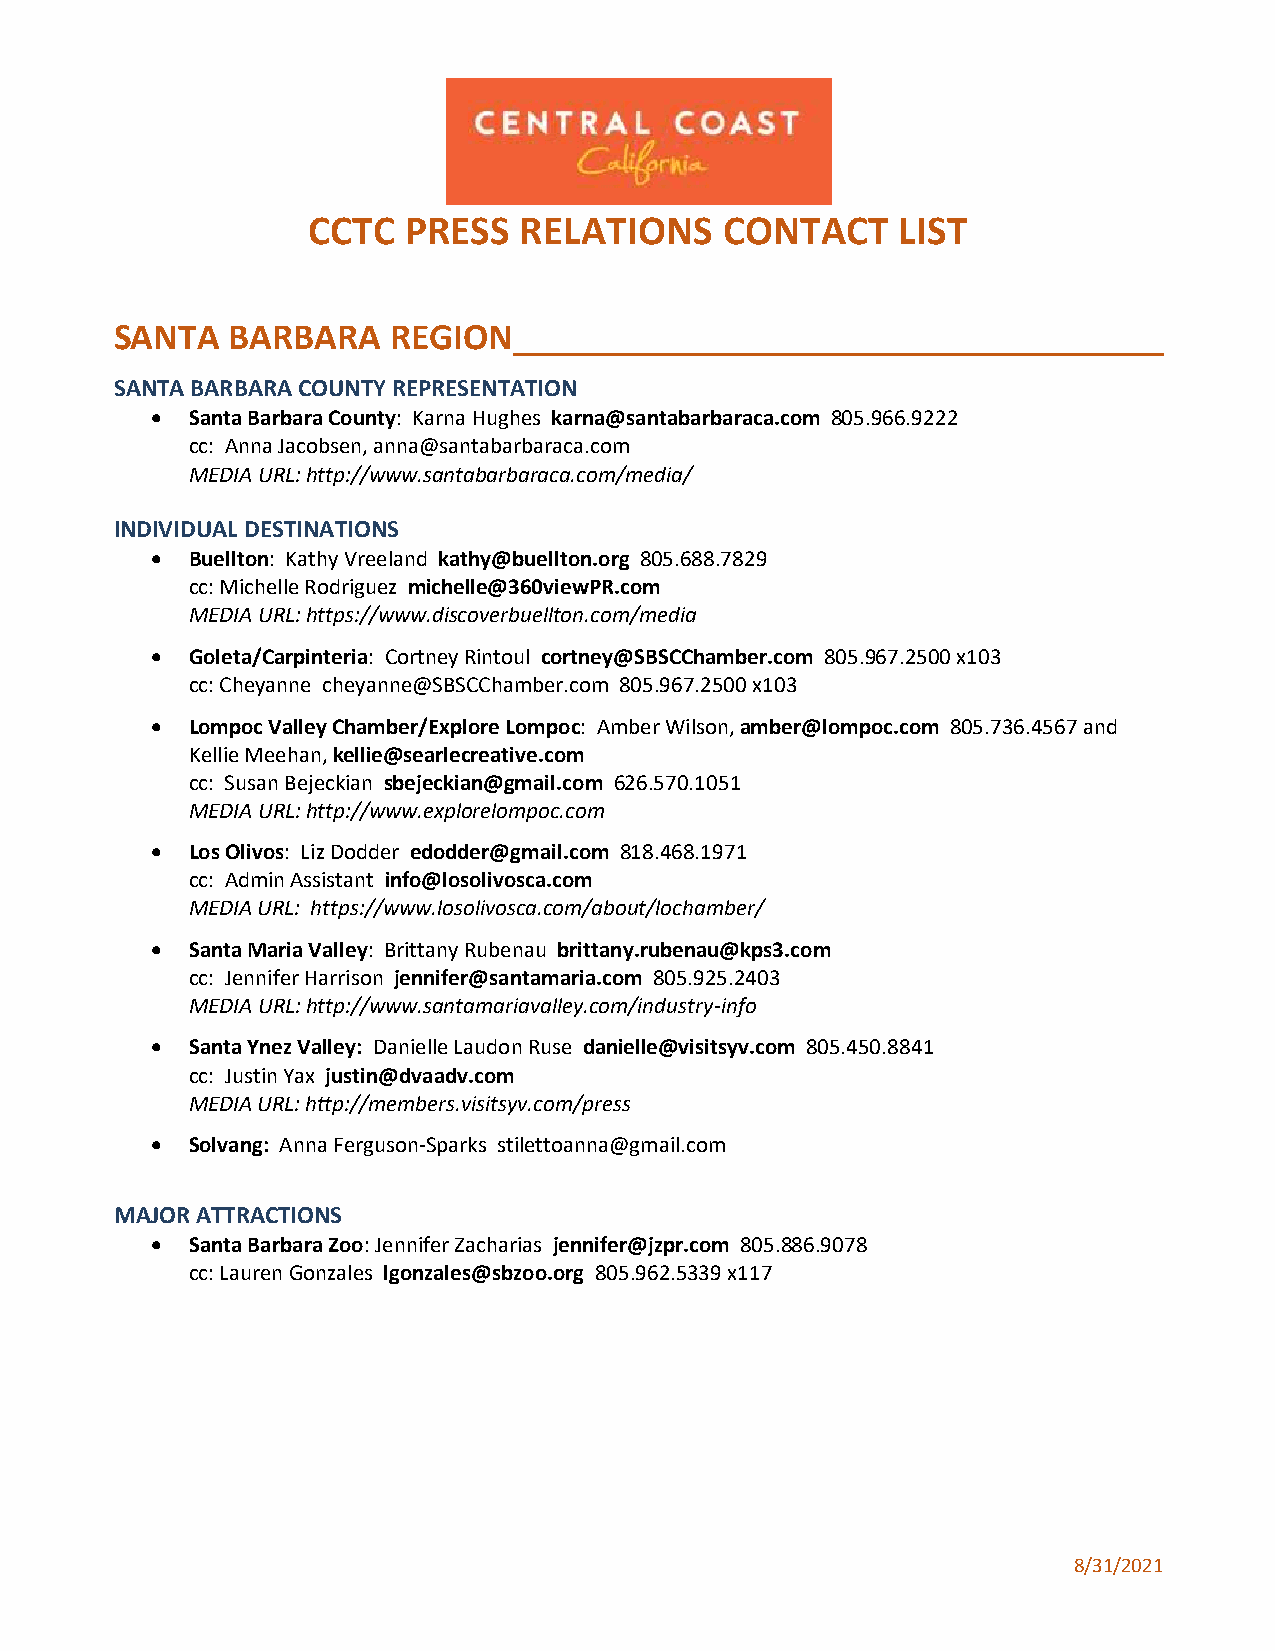
CCTC   PRESS  RELATIONS     CONTACT    LIST
 SANTA  BARBARA    REGION
 SANTA BARBARA COUNTY REPRESENTATION
 • Santa Barbara County: Karna Hughes karna@santabarbaraca.com 805.966.9222
 cc: Anna Jacobsen, anna@santabarbaraca.com
 MEDIA URL: http://www.santabarbaraca.com/media/
 INDIVIDUAL DESTINATIONS
 • Buellton: Kathy Vreeland kathy@buellton.org 805.688.7829
 cc: Michelle Rodriguez michelle@360viewPR.com
 MEDIA URL: https://www.discoverbuellton.com/media
 • Goleta/Carpinteria: Cortney Rintoul cortney@SBSCChamber.com 805.967.2500 x103
 cc: Cheyanne cheyanne@SBSCChamber.com 805.967.2500 x103
 • Lompoc Valley Chamber/Explore Lompoc: Amber Wilson, amber@lompoc.com 805.736.4567 and
 Kellie Meehan, kellie@searlecreative.com
 cc: Susan Bejeckian sbejeckian@gmail.com 626.570.1051
 MEDIA URL: http://www.explorelompoc.com
 • Los Olivos: Liz Dodder edodder@gmail.com 818.468.1971
 cc: Admin Assistant info@losolivosca.com
 MEDIA URL: https://www.losolivosca.com/about/lochamber/
 • Santa Maria Valley: Brittany Rubenau brittany.rubenau@kps3.com
 cc: Jennifer Harrison jennifer@santamaria.com 805.925.2403
 MEDIA URL: http://www.santamariavalley.com/industry-info
 • Santa Ynez Valley: Danielle Laudon Ruse danielle@visitsyv.com 805.450.8841
 cc: Justin Yax justin@dvaadv.com
 MEDIA URL: http://members.visitsyv.com/press
 • Solvang: Anna Ferguson-Sparks stilettoanna@gmail.com
 MAJOR ATTRACTIONS
 • Santa Barbara Zoo: Jennifer Zacharias jennifer@jzpr.com 805.886.9078
 cc: Lauren Gonzales lgonzales@sbzoo.org 805.962.5339 x117
 8/31/2021